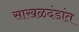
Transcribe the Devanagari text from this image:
साखळदंडांत